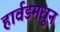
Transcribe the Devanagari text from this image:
हार्वडमधून